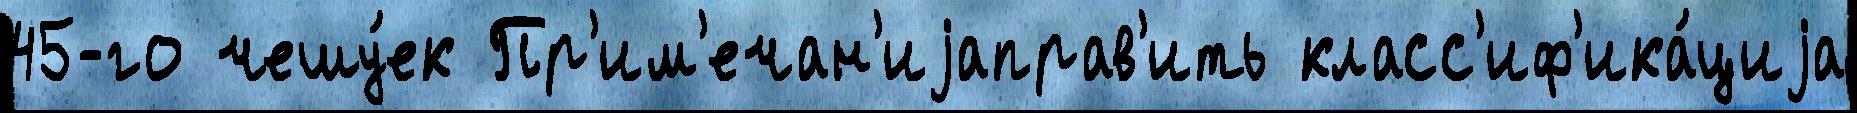
45-го чешу́ек Пр'им'ечан'иjаправ'ить класс'иф'ика́циjа